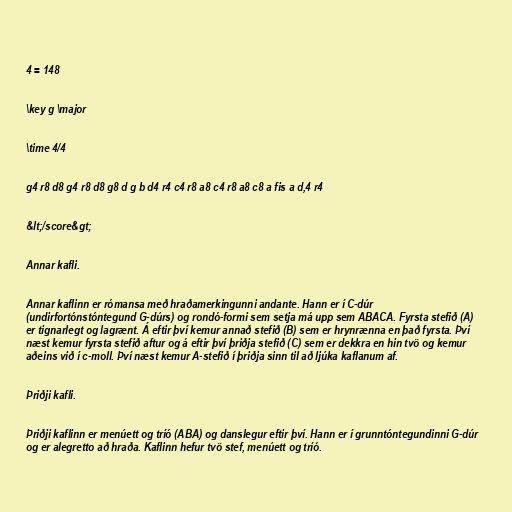
4 = 148

\key g \major

\time 4/4

g4 r8 d8 g4 r8 d8 g8 d g b d4 r4 c4 r8 a8 c4 r8 a8 c8 a fis a d,4 r4

&lt;/score&gt;

Annar kafli.

Annar kaflinn er rómansa með hraðamerkingunni andante. Hann er í C-dúr
(undirfortónstóntegund G-dúrs) og rondó-formi sem setja má upp sem ABACA. Fyrsta stefið (A)
er tignarlegt og lagrænt. Á eftir því kemur annað stefið (B) sem er hrynrænna en það fyrsta. Því
næst kemur fyrsta stefið aftur og á eftir því þriðja stefið (C) sem er dekkra en hin tvö og kemur
aðeins við í c-moll. Því næst kemur A-stefið í þriðja sinn til að ljúka kaflanum af.

Þriðji kafli.

Þriðji kaflinn er menúett og tríó (ABA) og danslegur eftir því. Hann er í grunntóntegundinni G-dúr
og er alegretto að hraða. Kaflinn hefur tvö stef, menúett og tríó.